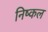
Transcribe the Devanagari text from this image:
निष्कल